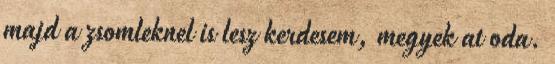
majd a zsomleknel is lesz kerdesem, megyek at oda.